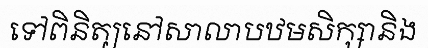
ទៅពិនិត្យនៅសាលាបឋមសិក្សានិង